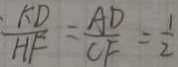
\frac { A D } { H F } = \frac { A D } { C F } = \frac { 1 } { 2 }